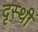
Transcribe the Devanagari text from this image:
दृस्थी